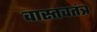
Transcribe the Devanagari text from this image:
वास्तवतंत्र